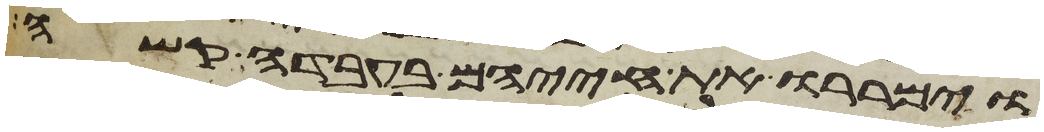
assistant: וימררו את חייהם בעבדה קשה